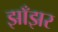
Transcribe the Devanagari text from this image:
झाँझर